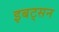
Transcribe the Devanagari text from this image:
इबट्सन